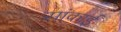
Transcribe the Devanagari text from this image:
सांकाई